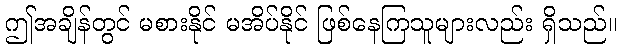
ဤအချိန်တွင် မစားနိုင် မအိပ်နိုင် ဖြစ်နေကြသူများလည်း ရှိသည်။